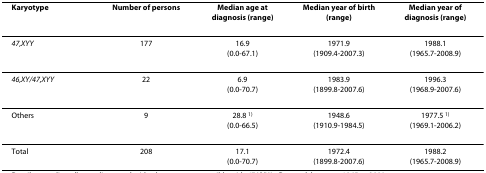
<table><thead><tr><td><b>Karyotype</b></td><td><b>Number of persons</b></td><td><b>Median age at diagnosis (range)</b></td><td><b>Median year of birth (range)</b></td><td><b>Median year of diagnosis (range)</b></td></tr></thead><tbody><tr><td><i>47,XYY</i></td><td>177</td><td>16.9(0.0-67.1)</td><td>1971.9(1909.4-2007.3)</td><td>1988.1(1965.7-2008.9)</td></tr><tr><td><i>46,XY/47,XYY</i></td><td>22</td><td>6.9(0.0-70.7)</td><td>1983.9(1899.8-2007.6)</td><td>1996.3(1968.9-2007.6)</td></tr><tr><td>Others</td><td>9</td><td>28.8 <sup>1)</sup>(0.0-66.5)</td><td>1948.6(1910.9-1984.5)</td><td>1977.5 <sup>1)</sup>(1969.1-2006.2)</td></tr><tr><td>Total</td><td>208</td><td>17.1(0.0-70.7)</td><td>1972.4(1899.8-2007.6)</td><td>1988.2(1965.7-2008.9)</td></tr></tbody></table>